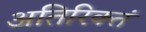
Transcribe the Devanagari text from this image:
अतिरिक्तं